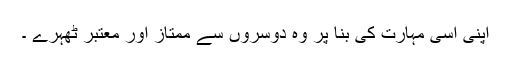
اپنی اسی مہارت کی بنا پر وہ دوسروں سے ممتاز اور معتبر ٹھہرے ۔